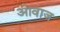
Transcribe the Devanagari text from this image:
अावाज